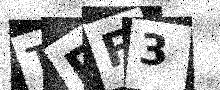
Text: TPF3